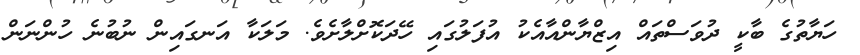
ހަޔާތުގެ ބާކީ ދުވަސްތައް އިޒްޔާންއާއެކު އުފަލުގައި ހޭދަކޮށްލާށެވެ. މަލަކާ އަނގައިން ނުބުނެ ހުންނަން